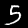
Label: 5